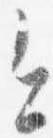
今